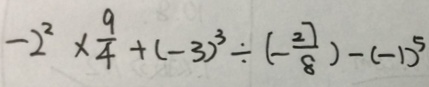
- 2 ^ { 2 } \times \frac { 9 } { 4 } + ( - 3 ) ^ { 3 } \div ( - \frac { 2 7 } { 8 } ) - ( - 1 ) ^ { 5 }